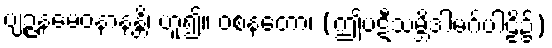
ဗျဉ္ဇနမေဝနာနန္တိ၊ ဟူ၍။ ဝစနတော၊ (ဤပဋီသမ္ဘိဒါမဂ်ပါဠိ၌)